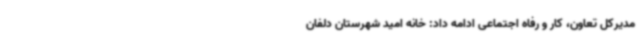
مدیرکل تعاون، کار و رفاه اجتماعی ادامه داد: خانه امید شهرستان دلفان